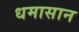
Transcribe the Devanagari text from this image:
धमासान